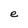
Character: e